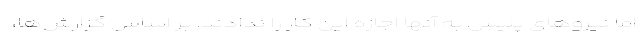
اما نیروهای پلیس به آنها اجازه این کار را ندادند. بر اساس گزارش‌ها،‌